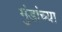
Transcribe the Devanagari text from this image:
मुंडांच्या